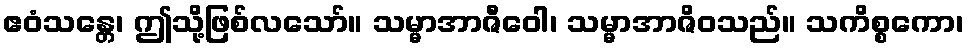
ဧဝံသန္တေ၊ ဤသို့ဖြစ်လသော်။ သမ္မာအာဇီဝေါ၊ သမ္မာအာဇိဝသည်။ သကိစ္စကော၊